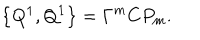
\left\{ Q ^ { 1 } , Q ^ { 1 } \right\} = \Gamma ^ { m } C P _ { m } .